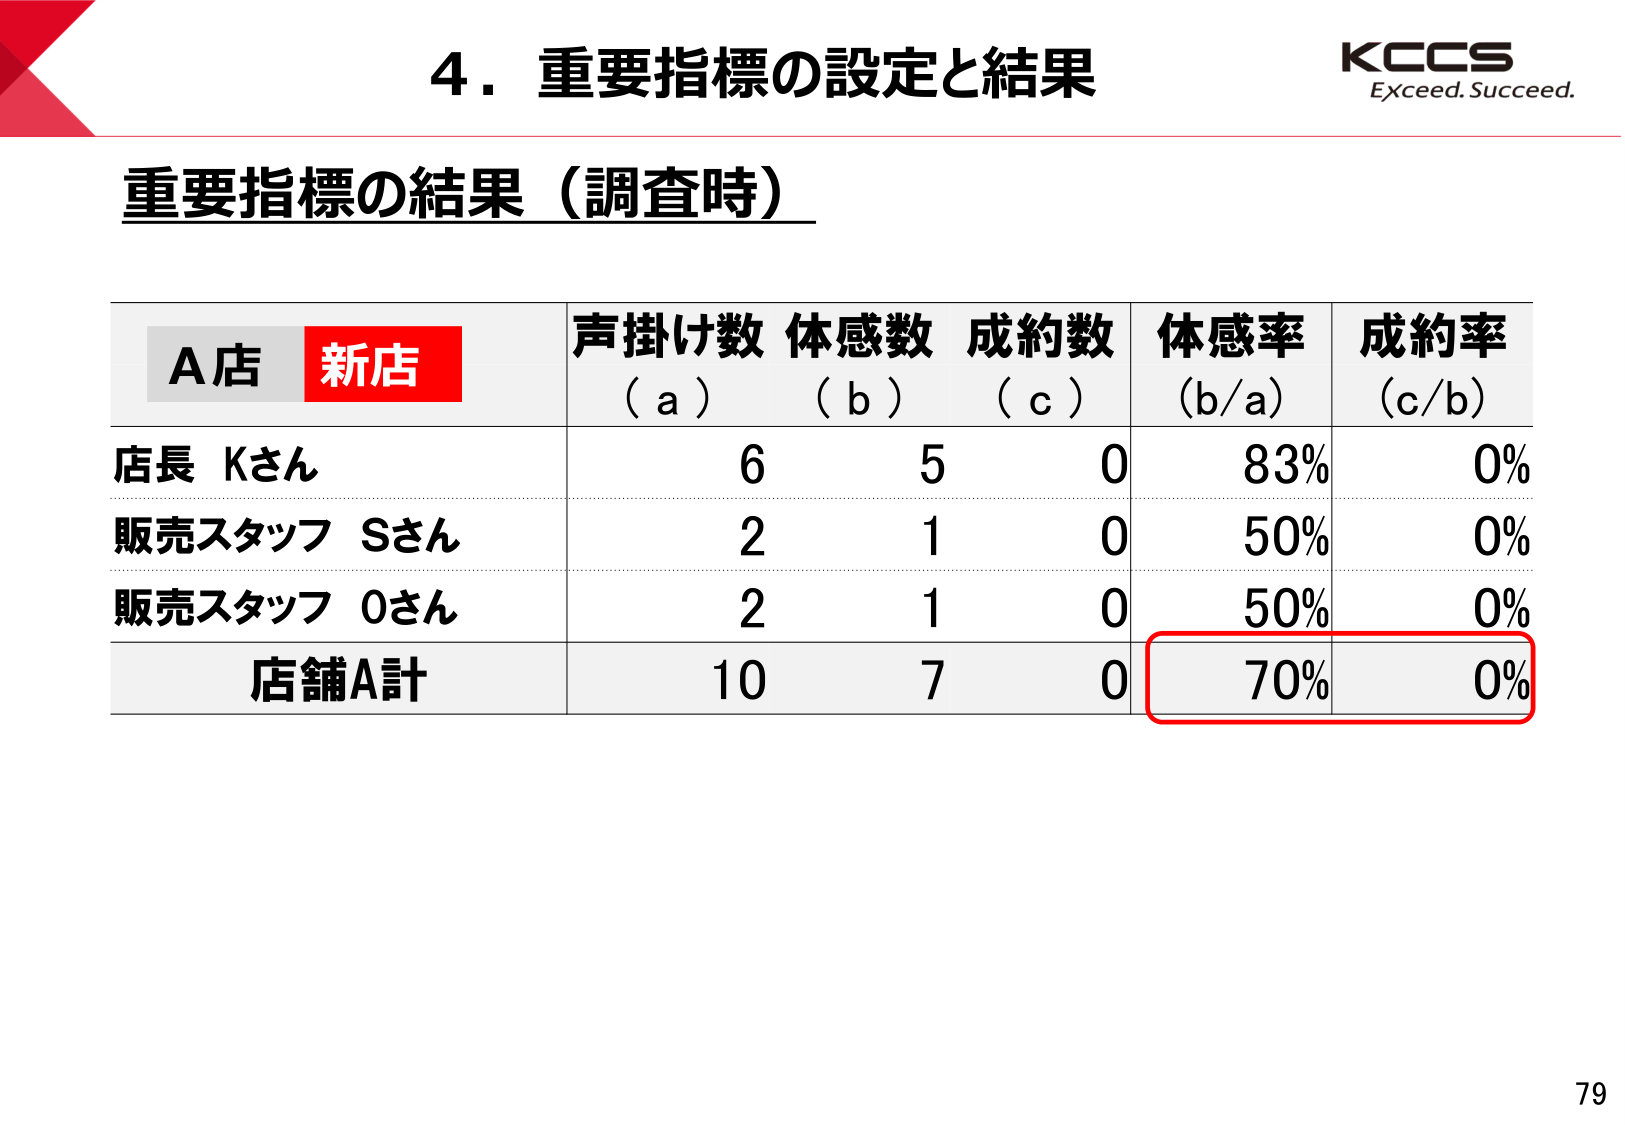
4．重要指標の設定と結果
KCCS
Exceed. Succeed.

重要指標の結果（調査時）

A店 新店
声掛け数 体感数 成約数
（a） （b） （c）
体感率
（b/a）
成約率
（c/b）

店長 Kさん
6 5 0 83% 0%

販売スタッフ Sさん
2 1 0 50% 0%

販売スタッフ Oさん
2 1 0 50% 0%

店舗A計
10 7 0 70% 0%

79